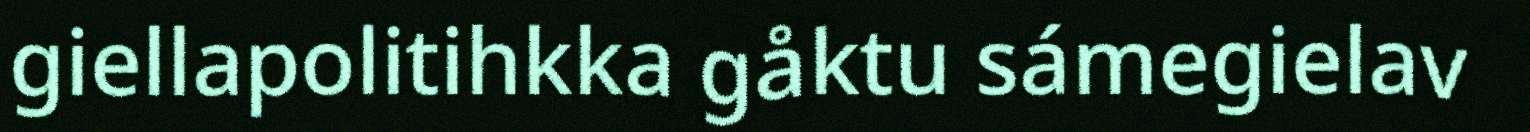
giellapolitihkka gåktu sámegielav